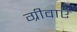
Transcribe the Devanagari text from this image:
ग्रीवाएँ